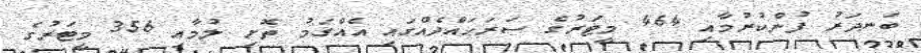
ބަނދަރު ފުންކުރުމާއި 464 މީޓަރުގެ ސަރަޙައްދެއްގައި އެއްގަމު ތޮށި ލުމާއި 356 މީޓަރުގެ